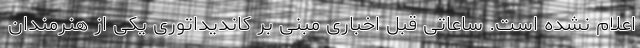
اعلام نشده است. ساعاتی قبل اخباری مبنی بر کاندیداتوری یکی از هنرمندان